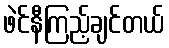
ဖဲင်နီကြည့်ချင်တယ်